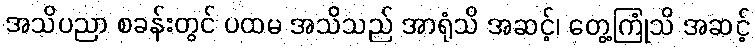
အသိပညာ စခန်းတွင် ပထမ အသိသည် အာရုံသိ အဆင့်၊ တွေ့ကြုံသိ အဆင့်